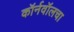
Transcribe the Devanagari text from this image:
कॉर्नवॉलचा